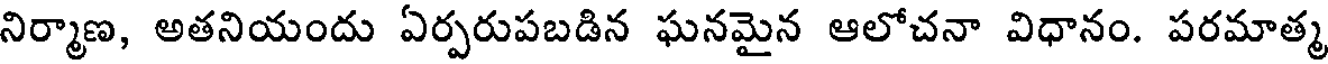
నిర్మాణ, అతనియందు ఏర్పరుపబడిన ఘనమైన ఆలోచనా విధానం. పరమాత్మ